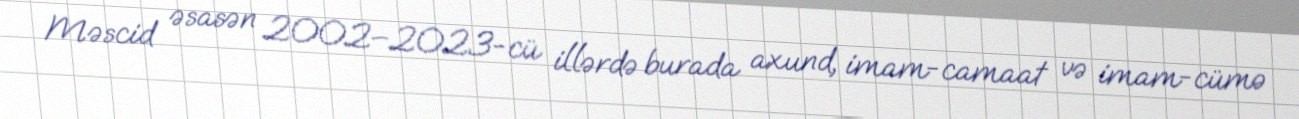
Məscid əsasən 2002–2023-cü illərdə burada axund, imam-camaat və imam-cümə